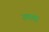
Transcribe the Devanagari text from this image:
उथया